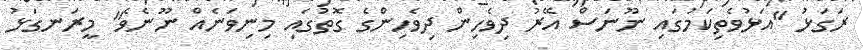
ރަގަޅު "އަޅުވެތިކަމުގައި ނޫނަސް އޭރު ދިވެހިން ދިވެހިންގެ ގޮތުގައި މިނިވަނެއް ނޫނެވެ" މީރަނގަޅު